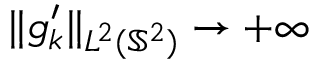
\| g _ { k } ^ { \prime } \| _ { L ^ { 2 } ( \mathbb { S } ^ { 2 } ) } \rightarrow + \infty